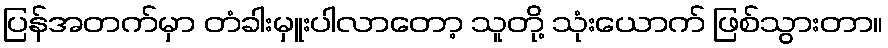
ပြန်အတက်မှာ တံခါးမှူးပါလာတော့ သူတို့ သုံးယောက် ဖြစ်သွားတာ။